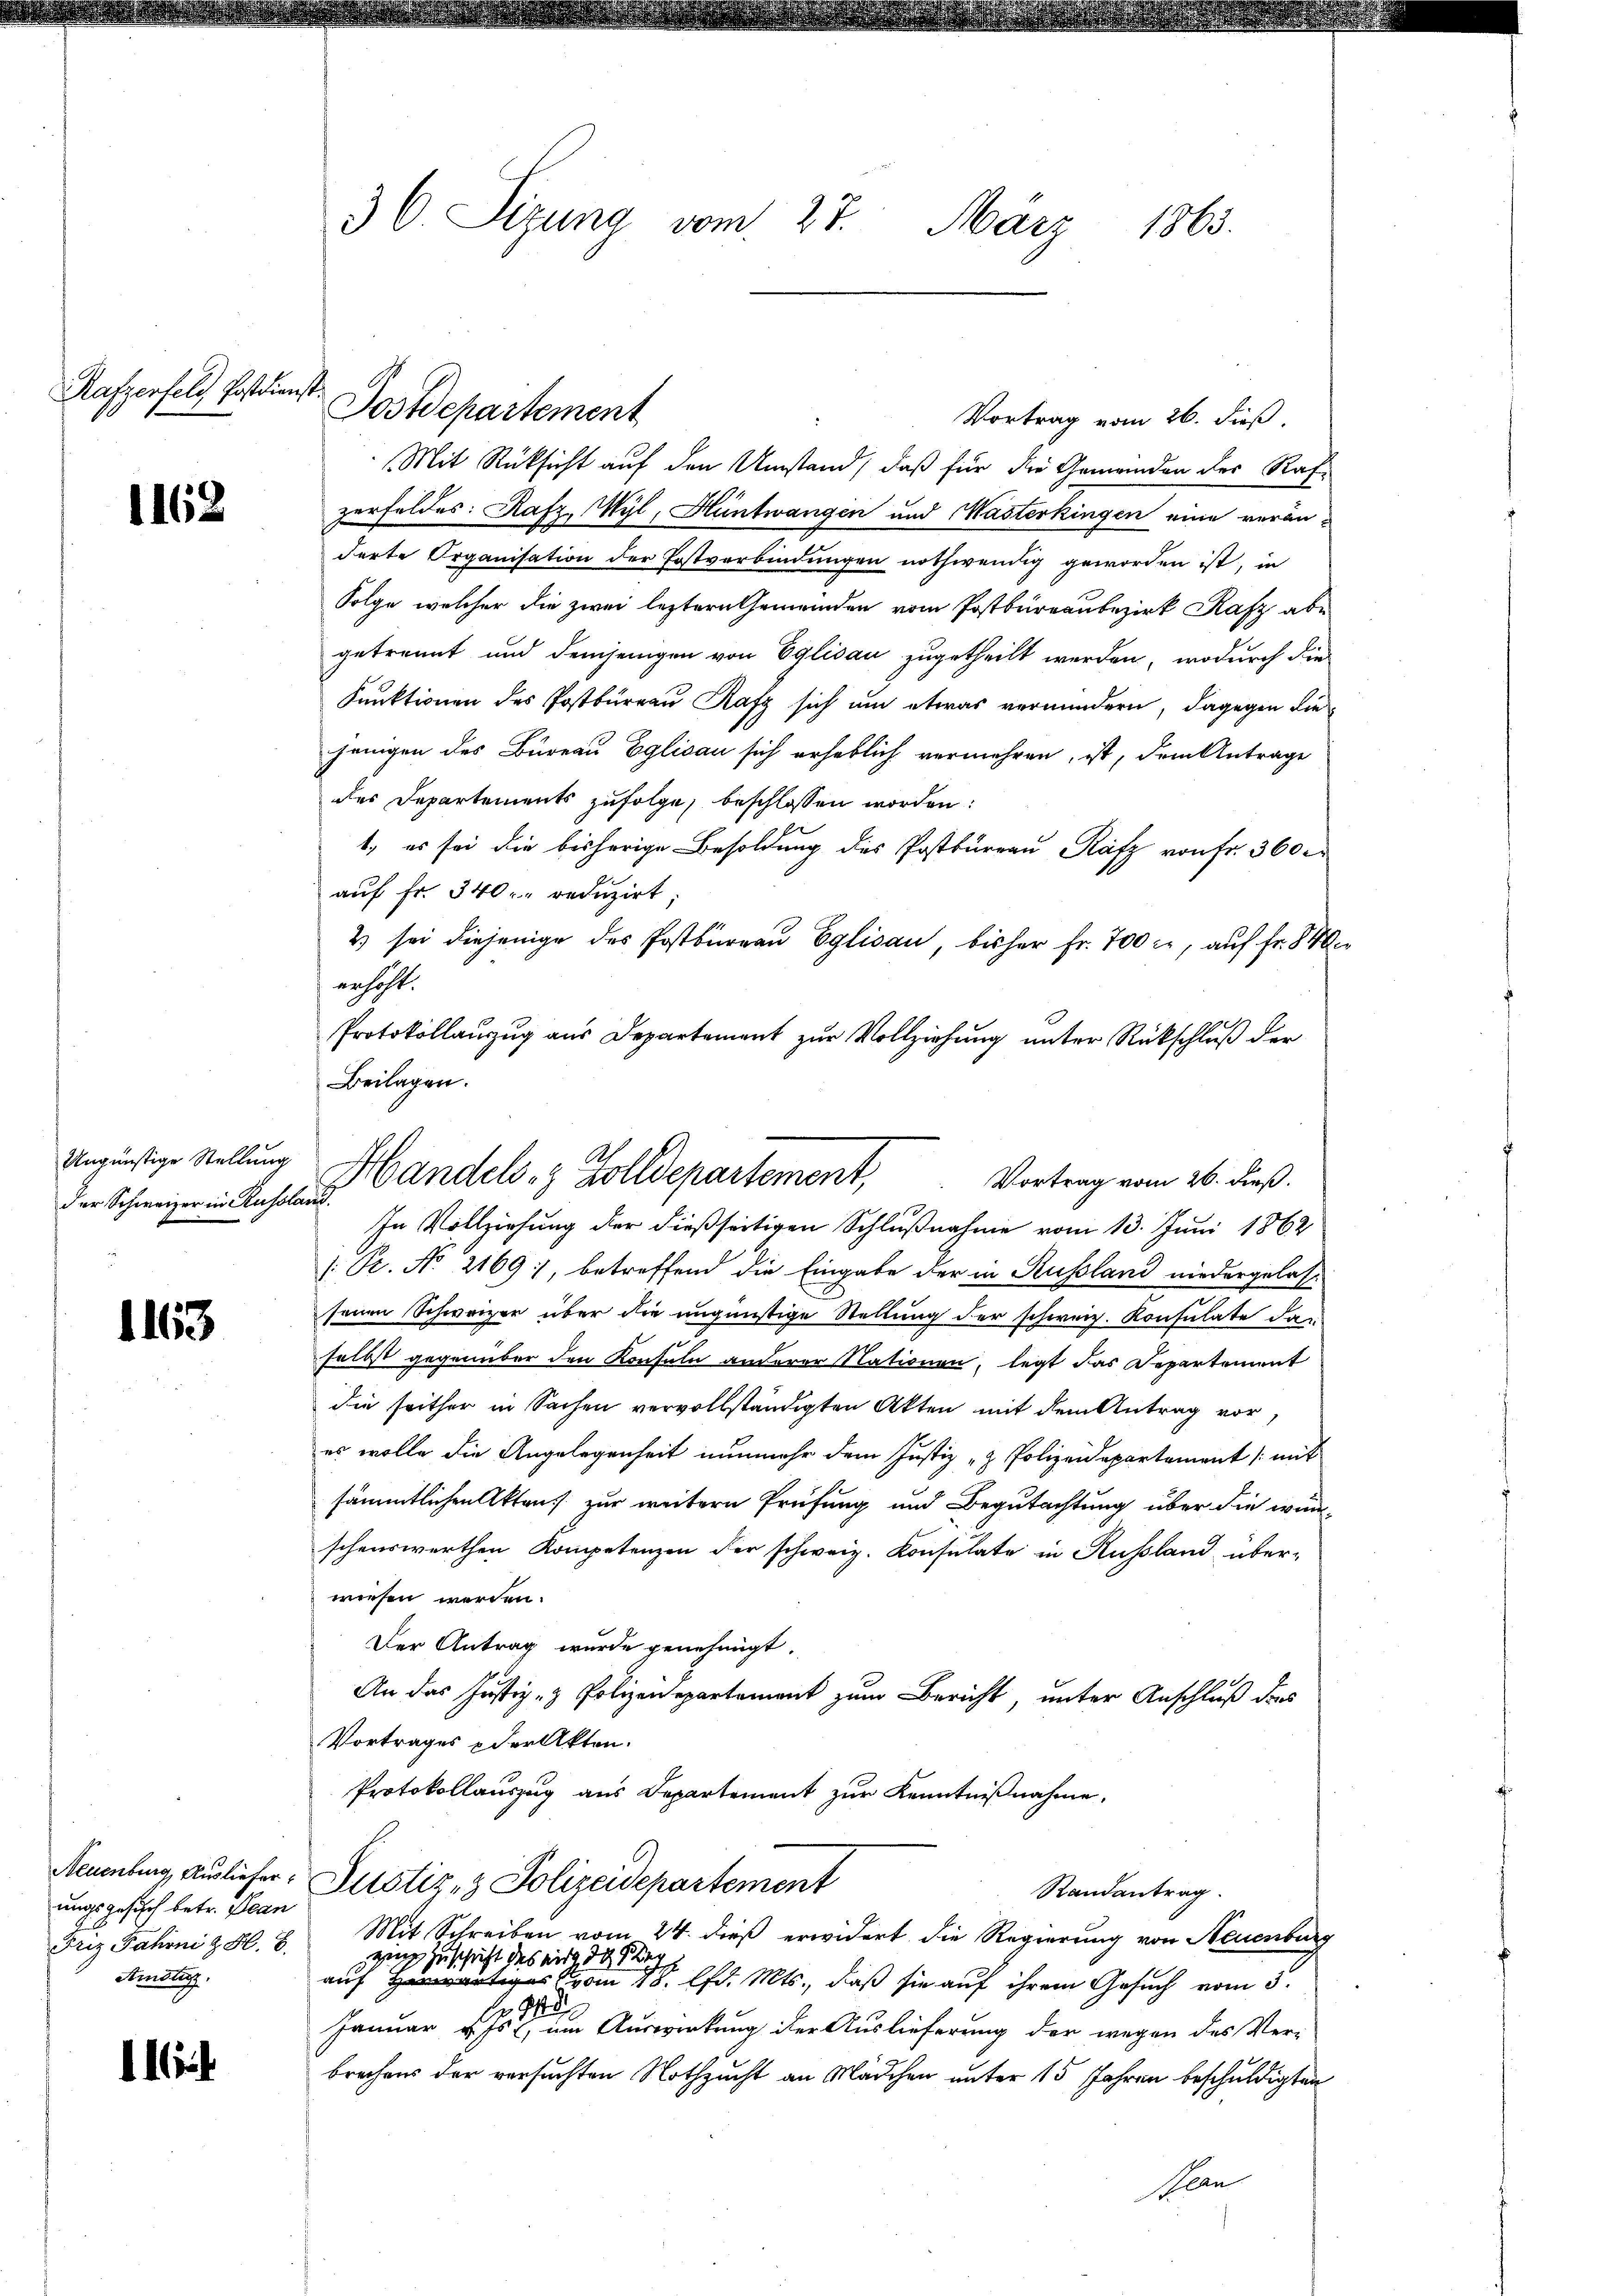
Rafzerfel Postdienst.

1162

Ungünstige Stellung
der Schweizer in Russli

1165

Neuenburg, Ausliefer
ungsgesuch betr. Bean
Friz Fahrni & H. B.
Amistig.

1

30. Sizung vom 27. März 1863.

Postdepartement

Handels- & Zolldepartement,
Vortrag vom 26. dieß.
n

Vortrag vom 26. dieß.
Mit Rücksicht auf den Umstand, daß für die Gemeinden des Rafzerfeldes: Rafz, Wyl, Hüntwangen und Masterkingen eine veränderte Organisation der Postverbindungen nothwendig geworden ist, in
Folge, welcher die zwei leztern Gemeinden vom Postburgau bezirk Rafz abe
getrennt und demjenigen von Eglisau zugetheilt werden, wodurch die
Funktionen des Postbüreau Rafz sich um etwas vermindern, dagegen die
jenigen des Bureau Eglisau sich erheblich vermehren, ist, dem Antrage
des Departements zufolge, beschlossen worden:
1., es sei die bisherige Besoldung des Postbüreau Rafz von Fr. 360.
aŭf fr. 340. reduzirt;
2) sei diejenige des Postbureau Eglisau, bisher Fr. 700 l., auf Fr. 840
erhöht.
Protokollanzug aus Departement zur Vollziehung unter Rückschluß der
Beilagen.
In Vollziehung der dießseitigen Schlußnahme vom 13. Juni 1862
/. Bz. No 2169), betreffend die Eingabe der in Russland niedergelass
senen Schweizer über die ungünstige Stellung der schweiz. Konsulate dan
selbst gegenüber den Konsuln anderer Nationen, legt das Departement
die seither in Sachen vervollständigten Akten mit dem Antrag vor
es wolle die Angelegenheit nunmehr dem Justiz & Polizeidepartement (mit
sämmtlichen Akten zur weitern Prüfung und Begutachtung über die wünschenswerthen Kompetenzen der schweiz. Konsulate in Russland über-
wiesen worden.
Der Antrag wurde genehmigt.
An das Justiz- & Polzenepartement zum Bericht, unter Anschluß des
Vortrages & der Akten.
Protokollauszug aus Departement zur Kenntnißnahme,
Justiz- & Polizeidepartement
Randantrag.
Mit Schreiben vom 24. dieß erwidert die Regierung von Neuenburg
ging Zuschrift des mir, da Klag
auf was vom 18. lfd. Mts., daß sie auf ihrem Gesuch vom 3.
 848.
Januar v. Js., um Auswirkung der Auslieferung der wegen des Ver-
 x
brechens der versuchten Nothzucht an Mädchen unter 15 Jahren beschuldigten
Jean